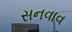
સનવાવ